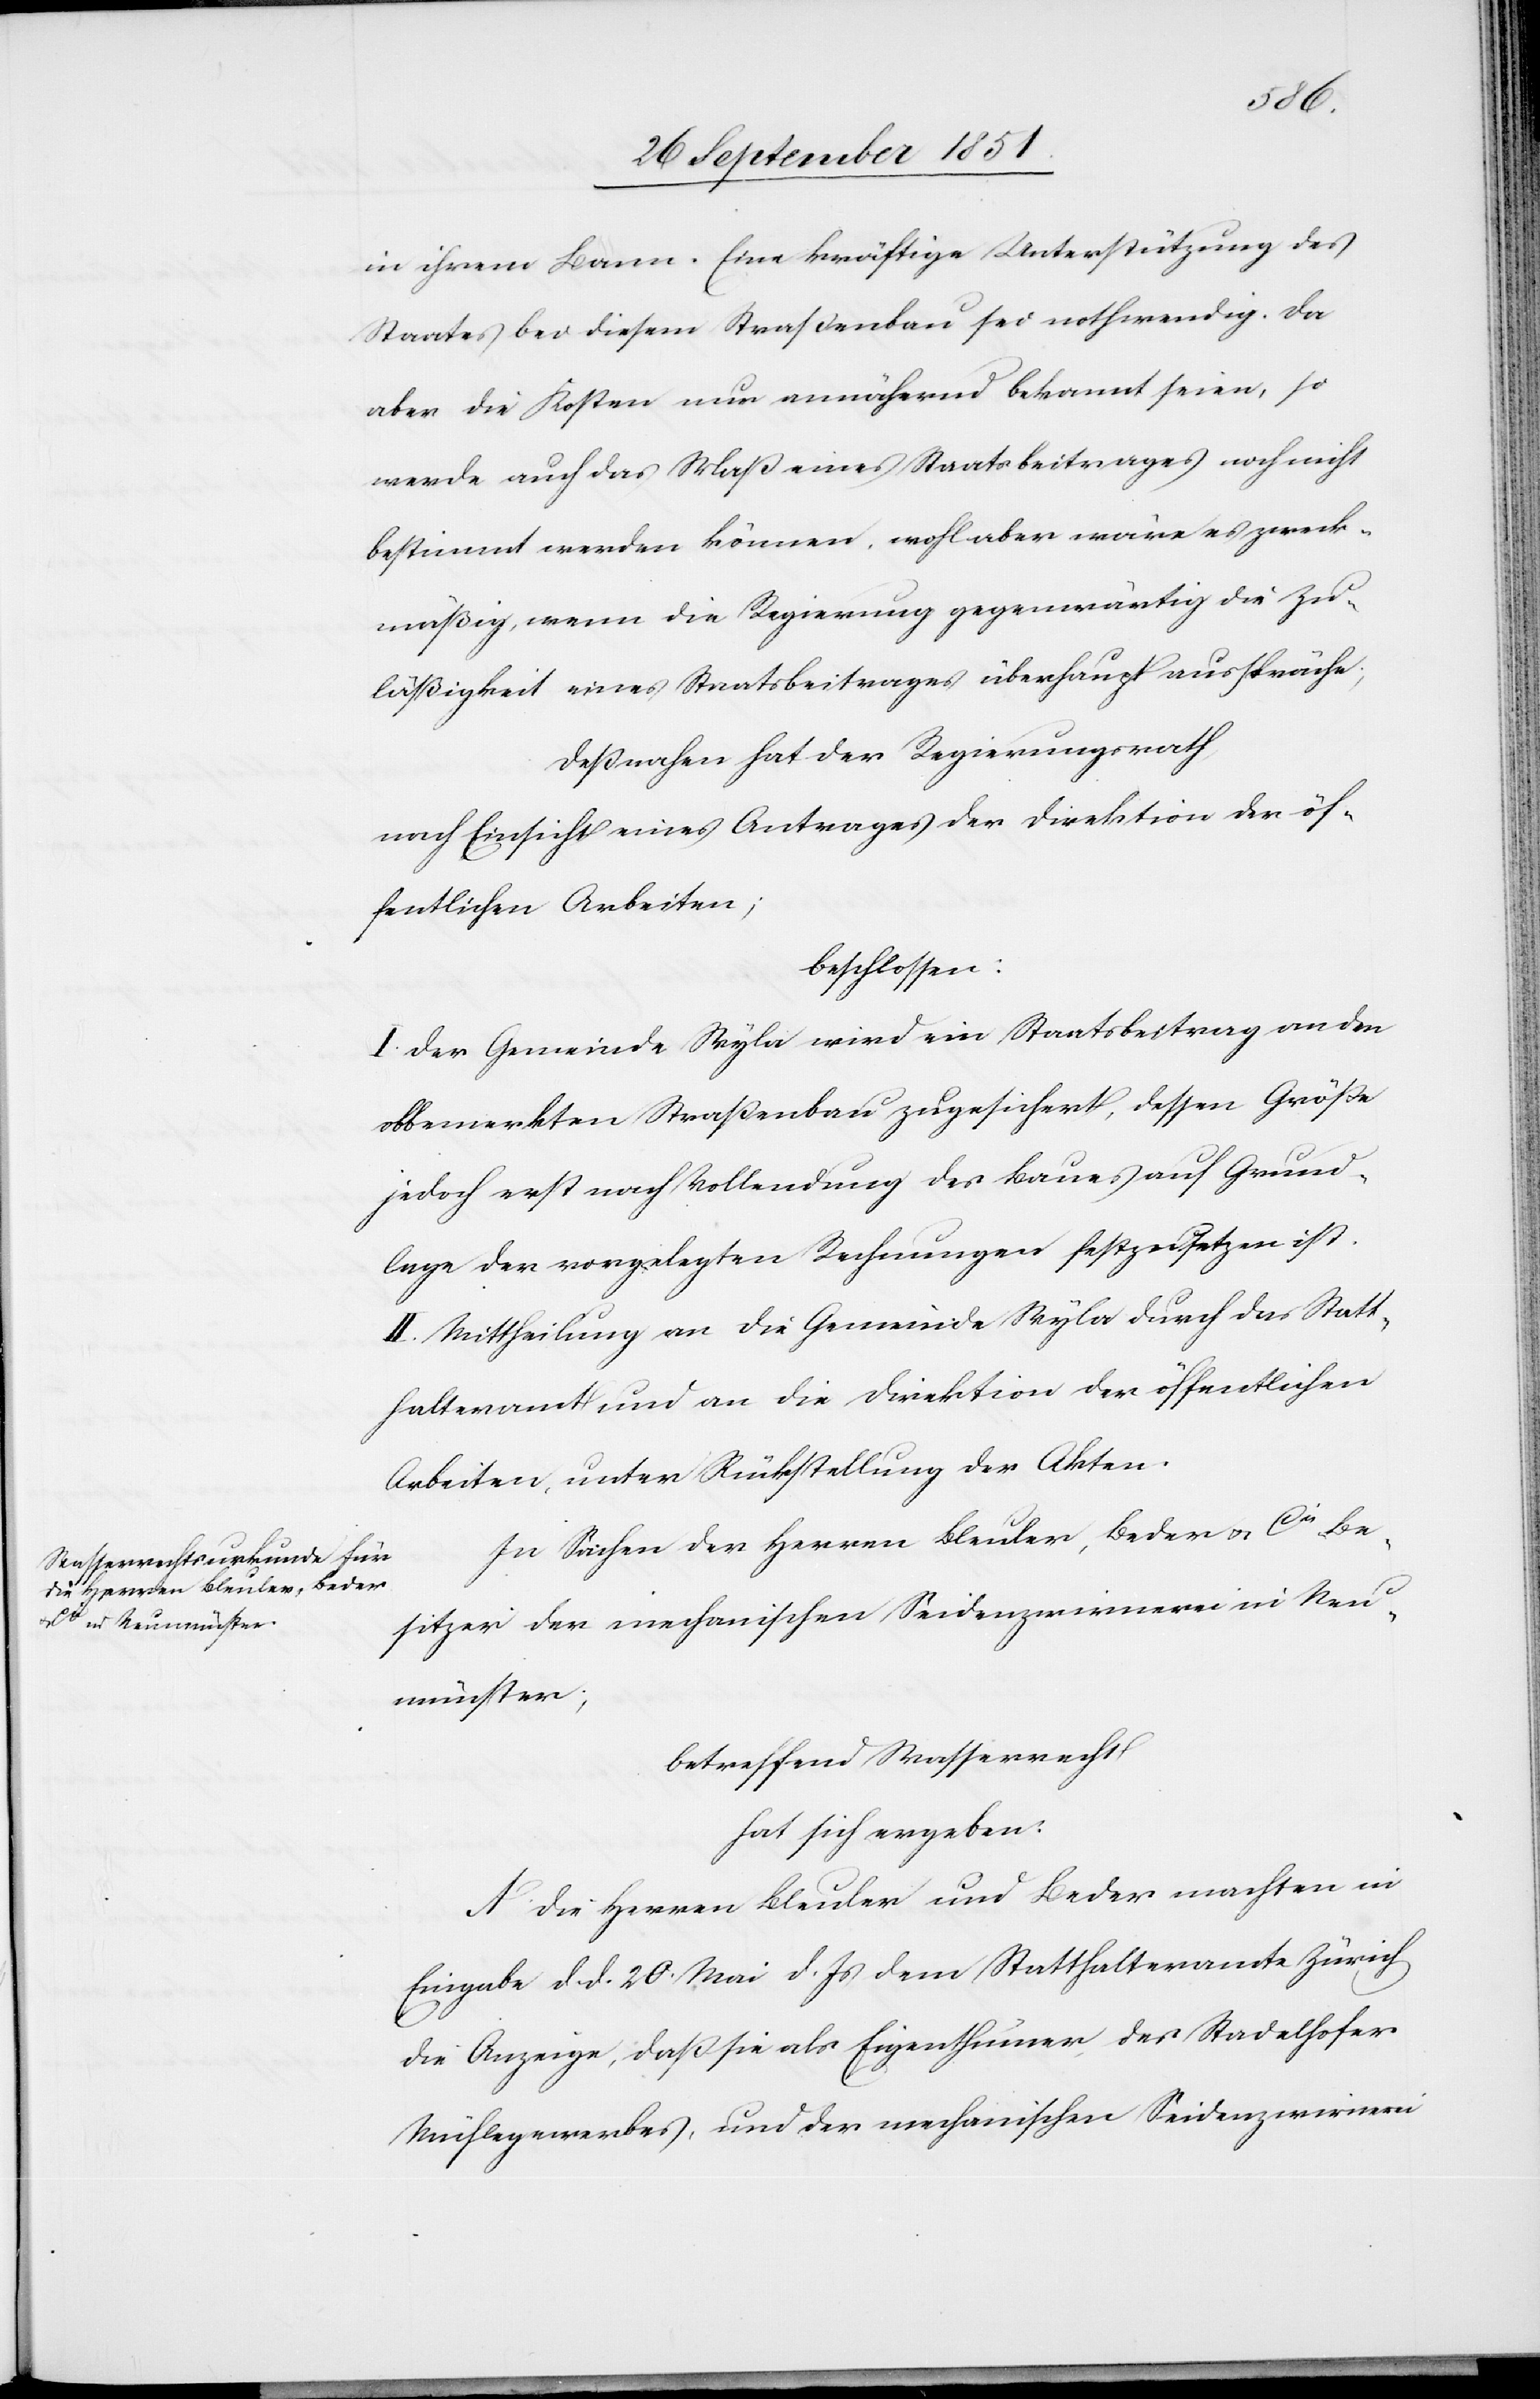
in ihrem Bann. Eine kräftige Unterstützung des
Staates bei diesem Straßenbau sei nothwendig. Da
aber die Kosten nur annähernd bekannt seien, so
werde auch das Maß eines Staatsbeitrages noch nicht
bestimmt werden können, wohl aber wäre es zweck¬
mäßig, wenn die Regierung gegenwärtig die Zu¬
läßigkeit eines Staatsbeitrages überhaupt ausspräche;
Deßnahen hat der Regierungsrath,
nach Einsicht eines Antrages der Direktion der öf¬
fentlichen Arbeiten;
beschlossen:
I. Der Gemeinde Wyla wird ein Staatsbeitrag an den
obbemerkten Straßenbau zugesichert, dessen Größe
jedoch erst nach Vollendung des Baues auf Grund¬
lage der vorgelegten Rechnungen festzusetzen ist.
II. Mittheilung an die Gemeinde Wyla durch das Statt¬
halteramt und an die Direktion der öffentlichen
Arbeiten, unter Rückstellung der Akten.
In Sachen der Herren Bleuler, Beder & Cie. Be¬
sitzer der mechanischen Seidenzwirnerei in Neu¬
münster;
betreffend Wasserrecht
hat sich ergeben:
A. Die Herren Bleuler und Beder machten in
Eingabe d. d. 20. Mai d. Js dem Statthalteramte Zürich
die Anzeige, daß sie als Eigenthümer des Stadelhofer
Mühlegewerbes, und der mechanischen Seidenzwirnerei